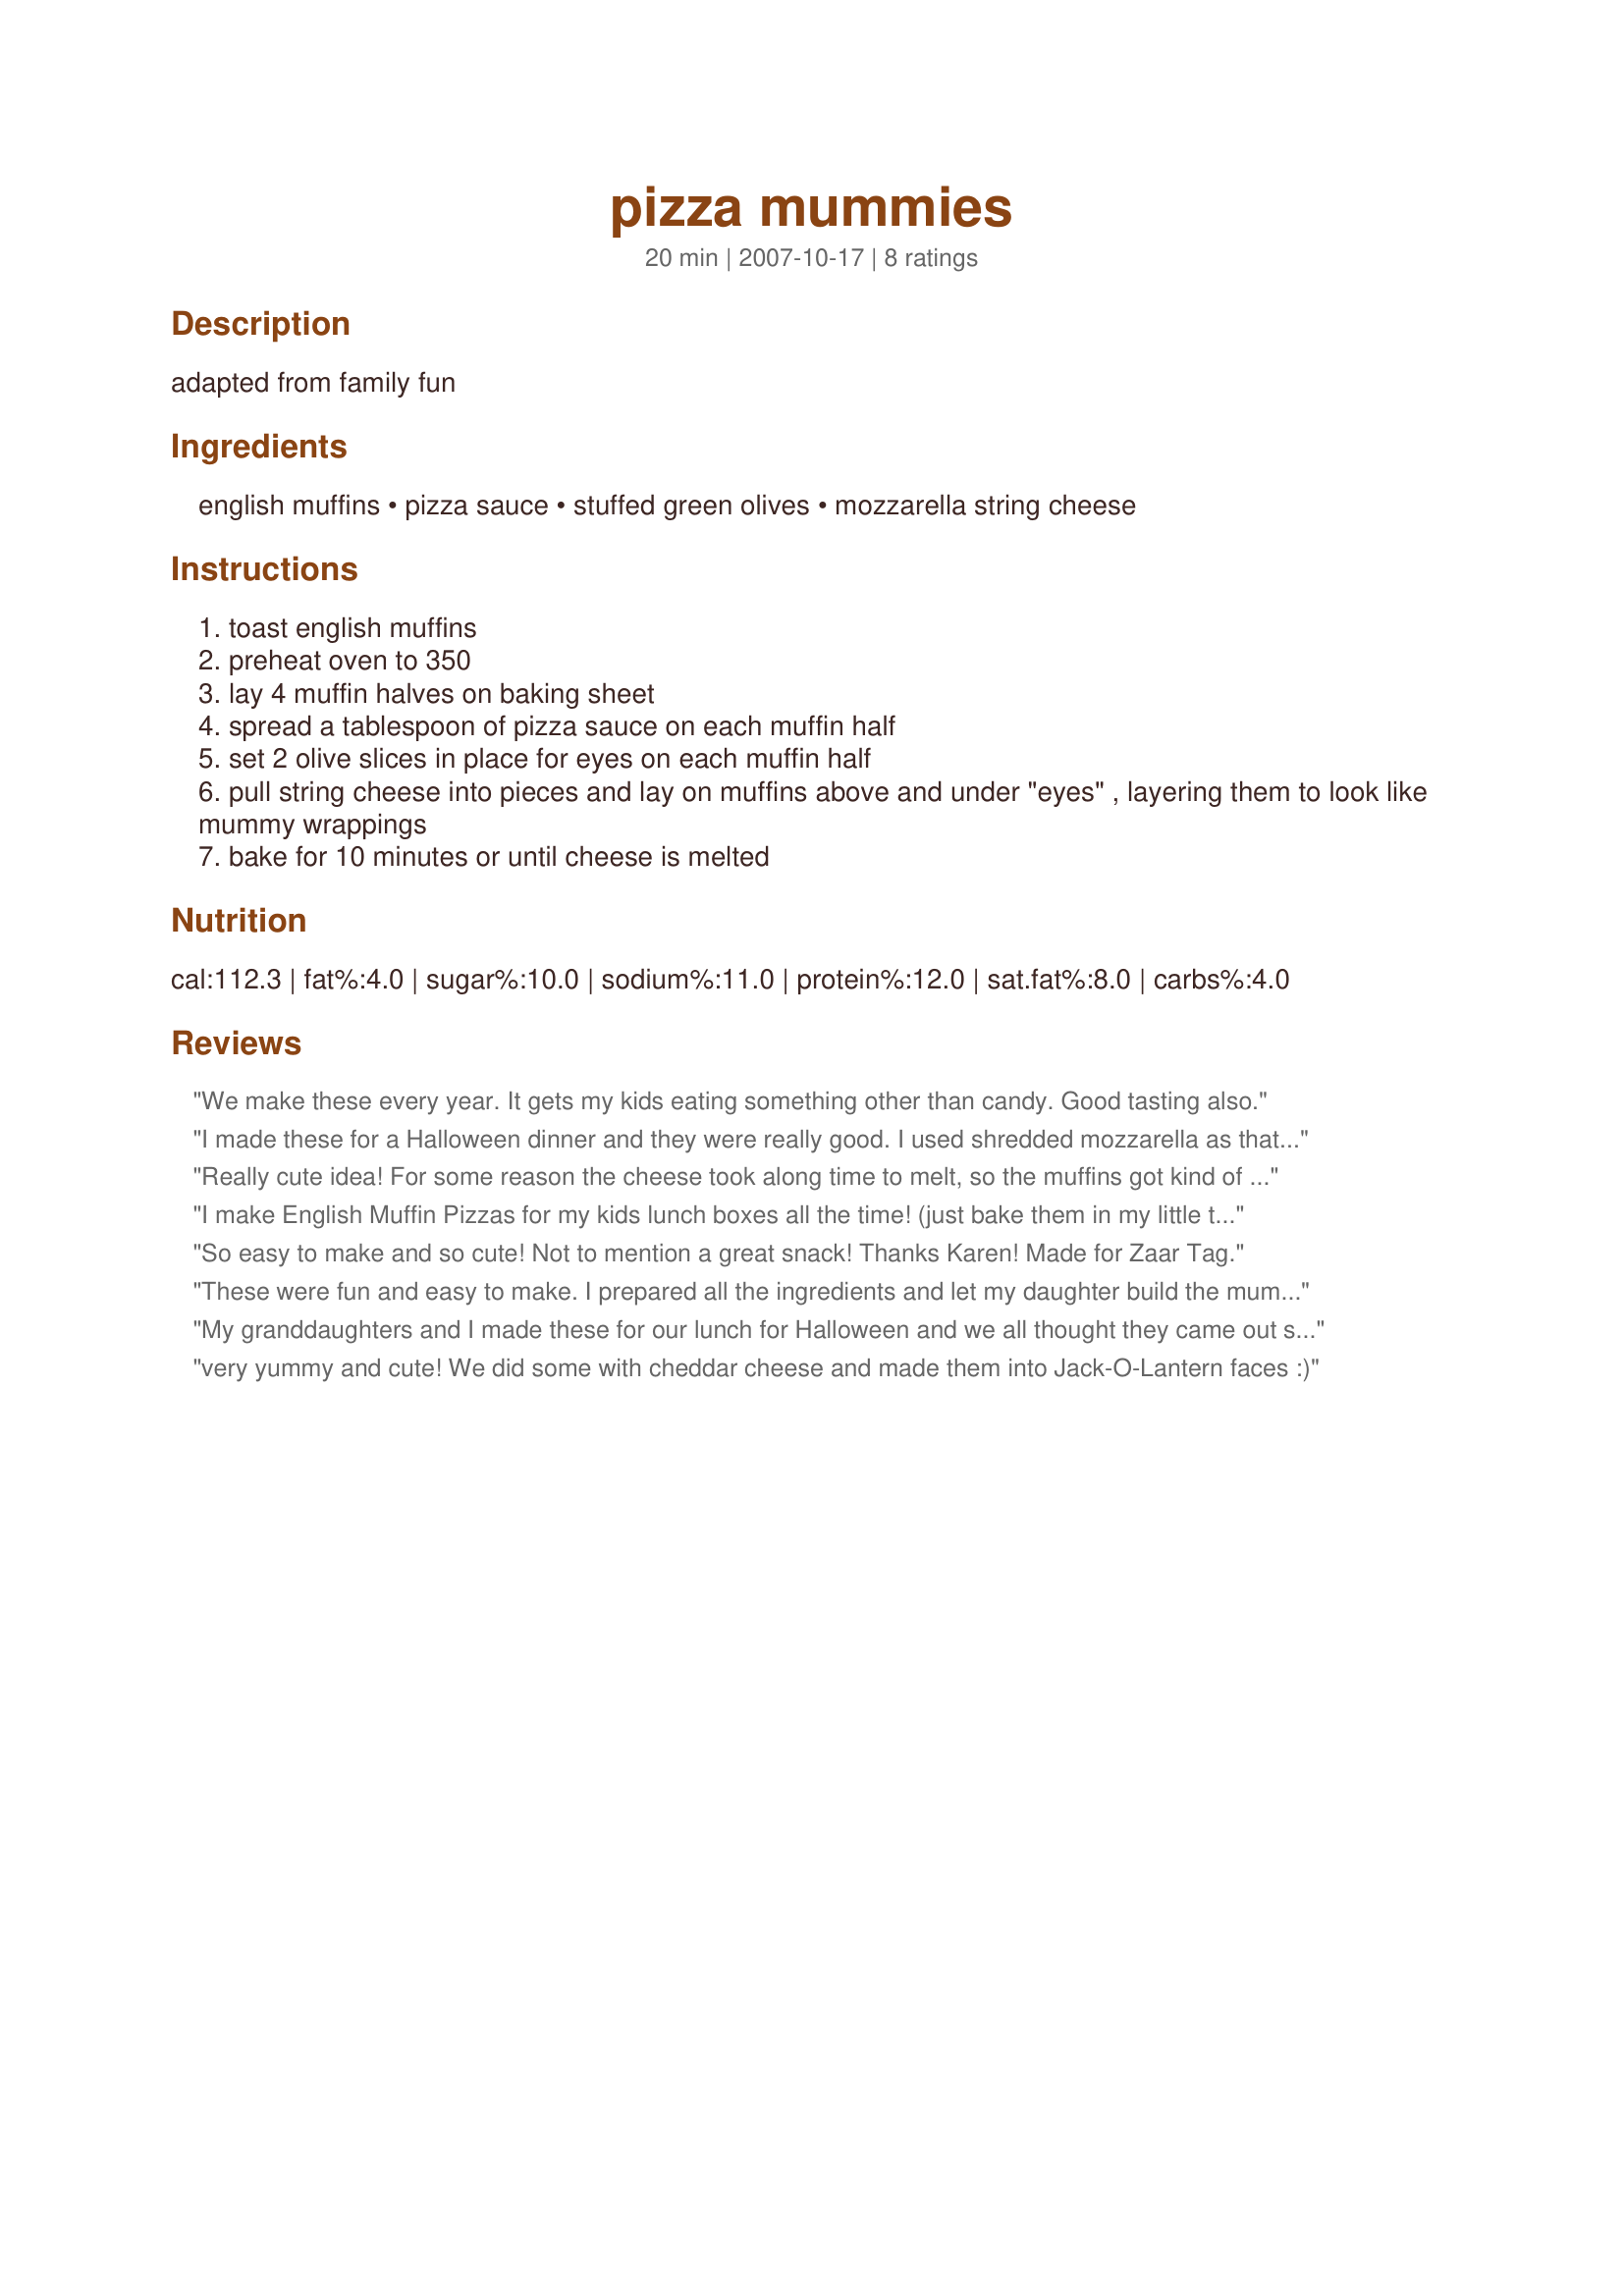
pizza mummies
Preparation time: 20 minutes

adapted from family fun

Ingredients:
english muffins, pizza sauce, stuffed green olives, mozzarella string cheese

Steps:
toast english muffins
preheat oven to 350
lay 4 muffin halves on baking sheet
spread a tablespoon of pizza sauce on each muffin half
set 2 olive slices in place for eyes on each muffin half
pull string cheese into pieces and lay on muffins above and under "eyes" , layering them to look like mummy wrappings
bake for 10 minutes or until cheese is melted

Reviews:
We make these every year. It gets my kids eating something other than candy. Good tasting also.
I made these for a Halloween dinner and they were really good. I used shredded mozzarella as that is what I had. These were really cute and super tasty! Thanks for the recipe!
Really cute idea! For some reason the cheese took along time to melt, so the muffins got kind of crispy. The kids still loved them, thank-you!
I make English Muffin Pizzas for my kids lunch boxes all the time! (just bake them in my little toaster oven while having breakfast) Thanks for the fabulously spooky idea!
So easy to make and so cute! Not to mention a great snack! Thanks Karen! Made for Zaar Tag.
These were fun and easy to make. I prepared all the ingredients and let my daughter build the mummies. We used peas for the eyes since olives are not something we like. They were tasty and filling. We will make these again and again.
My granddaughters and I made these for our lunch for Halloween and we all thought they came out so cute, and really looked like mummies! We made our crusts with pizza dough instead of the English muffins, but then made the faces the same. Such a great idea for a lunch with the kids or for your next Halloween party!
very yummy and cute! We did some with cheddar cheese and made them into Jack-O-Lantern faces :)
